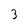
Character: 3